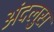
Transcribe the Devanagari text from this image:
अंदलुस